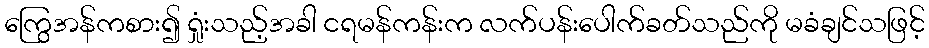
ကြွေအန်ကစား၍ ရှုံးသည့်အခါ ငရမန်ကန်းက လက်ပန်းပေါက်ခတ်သည်ကို မခံချင်သဖြင့်